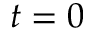
t = 0